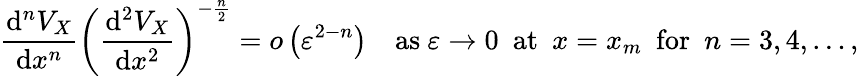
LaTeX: \frac{\mathrm{d}^{n}V_{X}}{\mathrm{d}x^{n}}\left(\frac{\mathrm{d}^{2}V_{X}}{\mathrm{d}x^{2}}\right)^{-\frac{n}{2}}=o\left(\varepsilon^{2-n}\right)\quad\mathrm{as\ }\varepsilon\rightarrow 0\ \ \mathrm{at\ \ }x=x_{m}\ \ \mathrm{for\ \ }n=3,4,\ldots,